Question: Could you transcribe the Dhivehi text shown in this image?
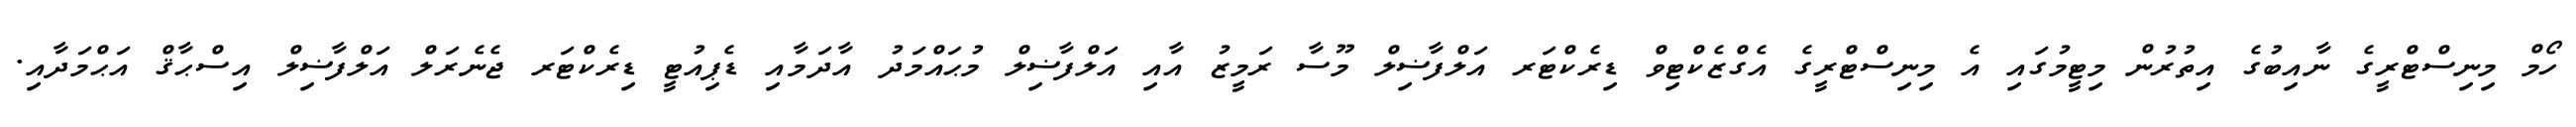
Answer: ހޯމް މިނިސްޓްރީގެ ނާއިބުގެ އިތުރުން މިޓީމުގައި އެ މިނިސްޓްރީގެ އެގްޒެކްޓިވް ޑިރެކްޓަރ އަލްފާޟިލް މޫސާ ރަމީޒު އާއި އަލްފާޟިލް މުޙައްމަދު އާދަމާއި ޑެޕިއުޓީ ޑިރެކްޓަރ ޖެނެރަލް އަލްފާޟިލް އިސްޙާޤް އަޙްމަދާއި.